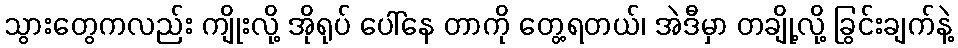
သွားတွေကလည်း ကျိုးလို့ အိုရုပ် ပေါ်နေ တာကို တွေ့ရတယ်၊ အဲဒီမှာ တချို့လို့ ခြွင်းချက်နဲ့